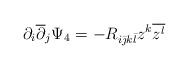
LaTeX: \begin{align*}\partial_{i}\overline{\partial}_{j}\Psi_{4}=-R_{i\bar{\jmath}k\bar{l}}z^{k}\overline{z^{l}}\end{align*}